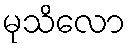
မုသိလော